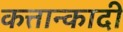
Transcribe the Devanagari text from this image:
कत्तान्कादी